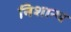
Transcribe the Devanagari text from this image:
निशान्थ